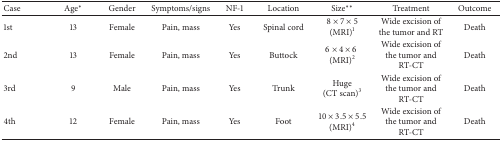
<table><thead><tr><td><b>Case</b></td><td><b>Age∗</b></td><td><b>Gender</b></td><td><b>Symptoms/signs</b></td><td><b>NF-1</b></td><td><b>Location</b></td><td><b>Size∗∗</b></td><td><b>Treatment</b></td><td><b>Outcome</b></td></tr></thead><tbody><tr><td>1st</td><td>13</td><td>Female</td><td>Pain, mass</td><td>Yes</td><td>Spinal cord</td><td>8 × 7 × 5(MRI)<sup>1</sup></td><td>Wide excision of the tumor and RT</td><td>Death</td></tr><tr><td>2nd</td><td>13</td><td>Female</td><td>Pain, mass</td><td>Yes</td><td>Buttock</td><td>6 × 4 × 6 (MRI)<sup>2</sup></td><td>Wide excision of the tumor and RT-CT</td><td>Death</td></tr><tr><td>3rd</td><td>9</td><td>Male</td><td>Pain, mass</td><td>Yes</td><td>Trunk</td><td>Huge (CT scan)<sup>3</sup></td><td>Wide excision of the tumor and RT-CT</td><td>Death</td></tr><tr><td>4th</td><td>12</td><td>Female</td><td>Pain, mass</td><td>Yes</td><td>Foot</td><td>10 × 3.5 × 5.5 (MRI)<sup>4</sup></td><td>Wide excision of the tumor andRT-CT</td><td>Death</td></tr></tbody></table>